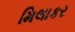
મિલાકર